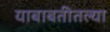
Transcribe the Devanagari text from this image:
याबाबतीतल्या